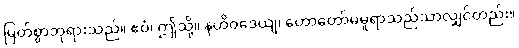
မြတ်စွာဘုရားသည်။ ဧဝံ၊ ဤသို့။ နဟိဝဒေယျ၊ ဟောတော်မမူရာသည်သာလျှင်တည်း။